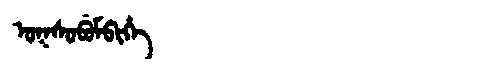
Manchu: ᠣᡴᠰᠣᠪᡠᠮᠪᡳᡥᡝ
Romanization: OKSOBUMBIHE